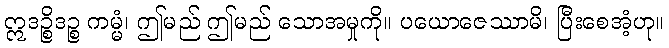
ဣဒဉ္စိဒဉ္စ ကမ္မံ၊ ဤမည် ဤမည် သောအမှုကို။ ပယောဇေဿာမိ၊ ပြီးစေအံ့ဟု။